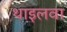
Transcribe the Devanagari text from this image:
थाइलवा